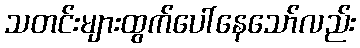
သတင်းများထွက်ပေါ်နေသော်လည်း